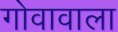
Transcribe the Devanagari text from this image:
गोवावाला